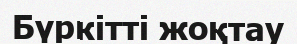
Бүркітті жоқтау